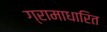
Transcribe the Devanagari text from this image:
ग्रामाधारित